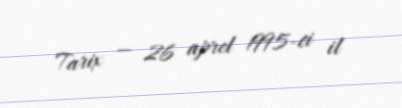
Tarix — 26 aprel 1995-ci il